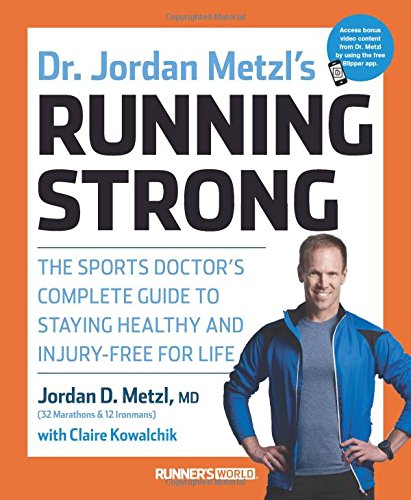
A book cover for Dr. Jordan Metzl's Running Strong: The Sports Doctor's Complete Guide to Staying Healthy and Injury-Free for Life; Jordan Metzl; Sports & Outdoors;